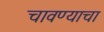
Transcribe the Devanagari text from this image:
चावण्याचा